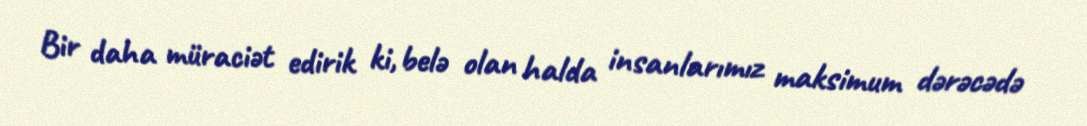
Bir daha müraciət edirik ki, belə olan halda insanlarımız maksimum dərəcədə